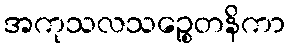
အကုသလသဉ္စေတနိကာ